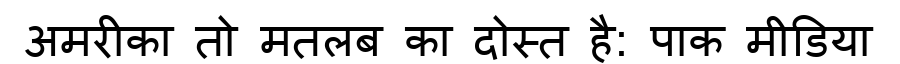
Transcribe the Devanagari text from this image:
अमरीका तो मतलब का दोस्त है: पाक मीडिया